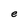
Character: e